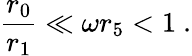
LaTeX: \frac{r_{0}}{r_{1}}\ll\omega r_{5}<1~.